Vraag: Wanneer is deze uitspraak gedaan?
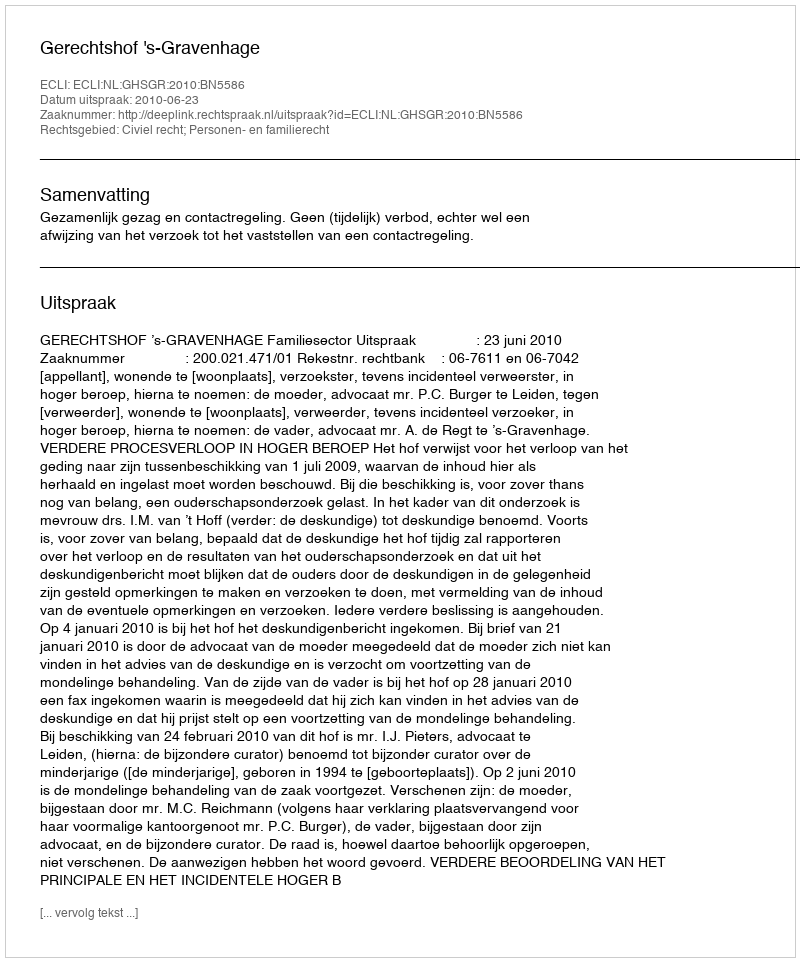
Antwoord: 2010-06-23